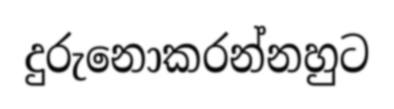
දුරුනොකරන්නහුට